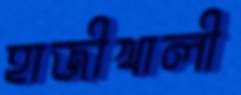
হাজীখালী